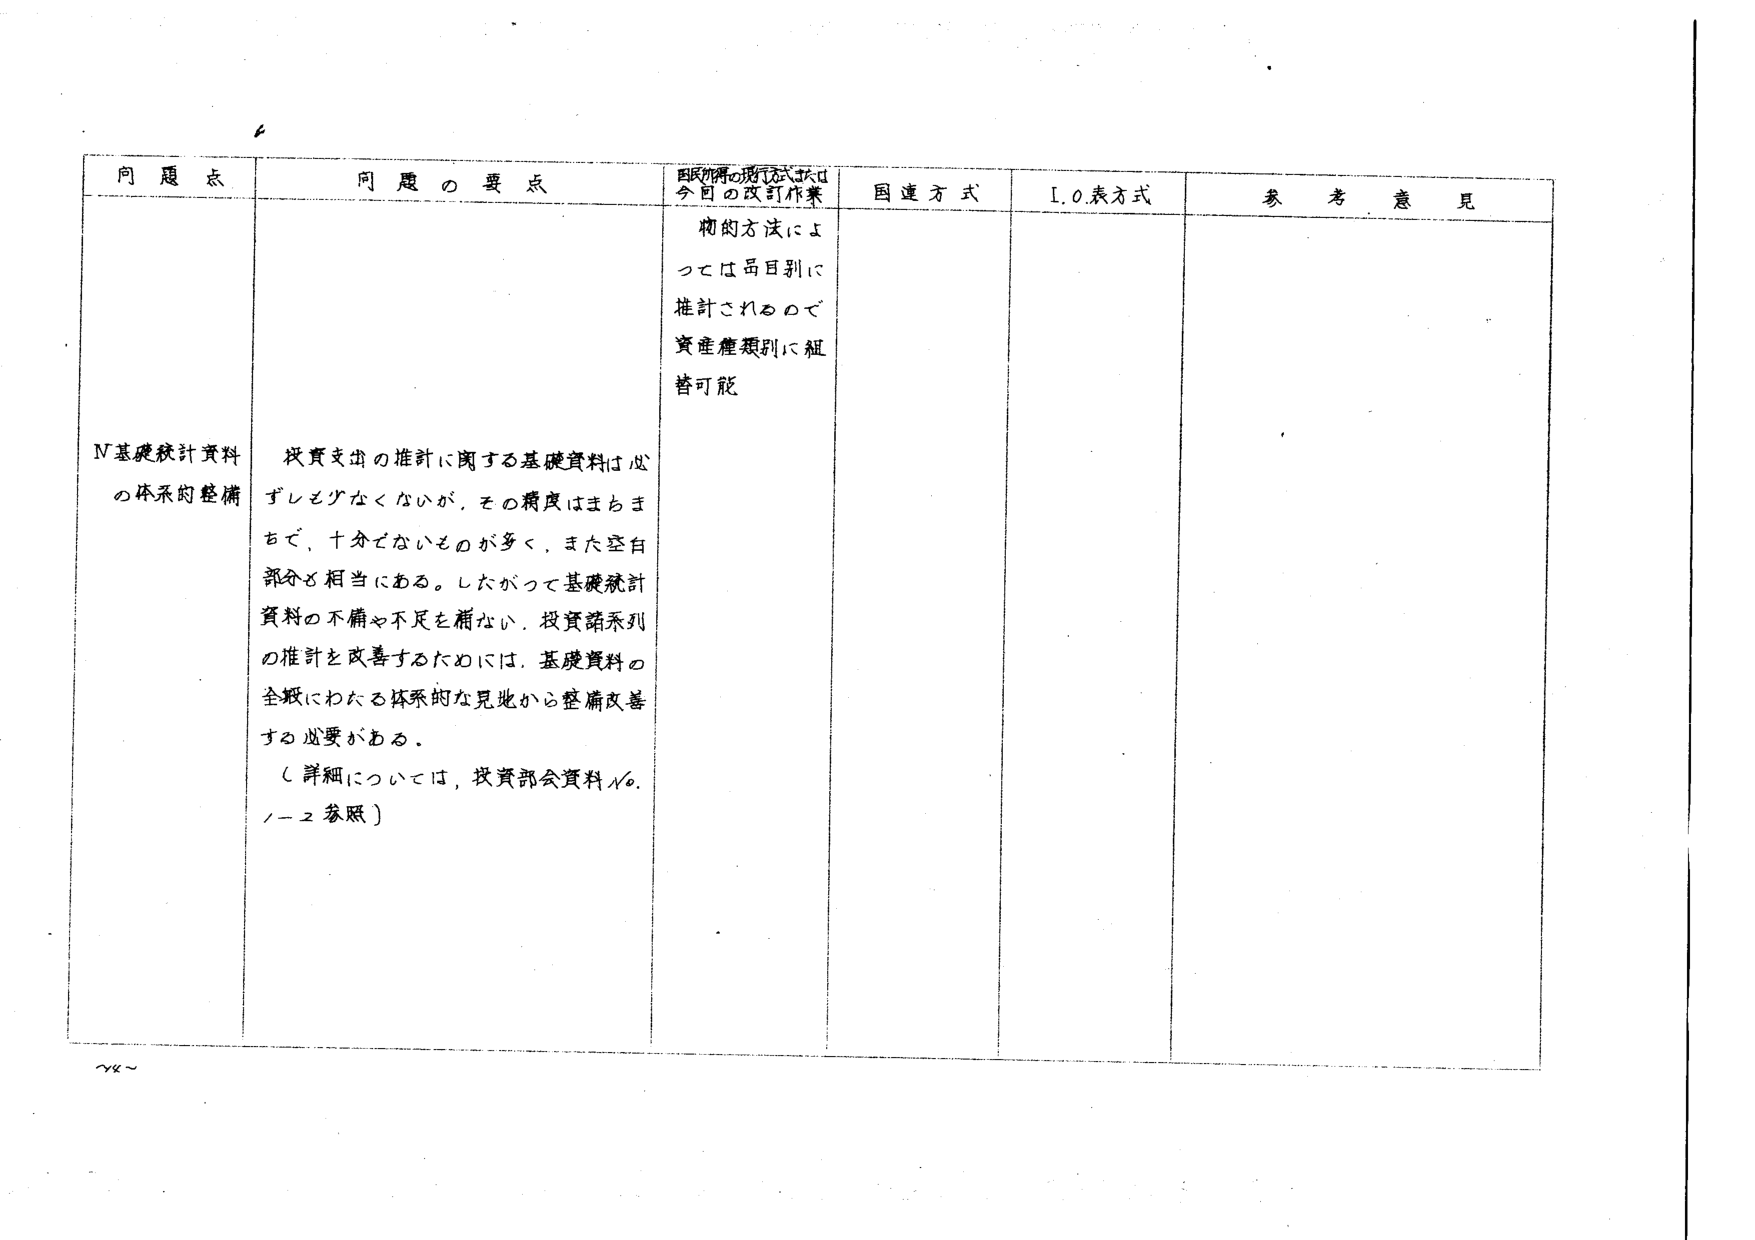
問題点
問題の要点
国民所得の推計方式および今回の改訂作業
国連方式
I.O.表方式
参考意見
N基礎統計資料の体系的整備
投資支出の推計に関する基礎資料は必ずしも少なくないが、その精度はまちまちで、十分でないものが多く、また空白部分も相当にある。したがって基礎統計資料の不備や不足を補ない、投資諸系列の推計を改善するためには、基礎資料の全般にわたる体系的な見地から整備改善する必要がある。
（詳細については、投資部会資料№.1-2参照）
物的方法によっては品目別に推計されるので資産産業類別に組替可能